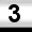
Digit: 3